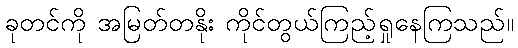
ခုတင်ကို အမြတ်တနိုး ကိုင်တွယ်ကြည့်ရှုနေကြသည်။